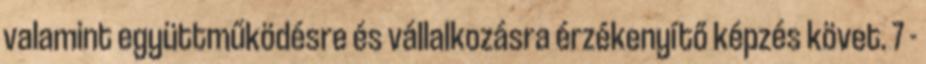
valamint együttműködésre és vállalkozásra érzékenyítő képzés követ. 7 -